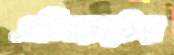
এলিয়টের